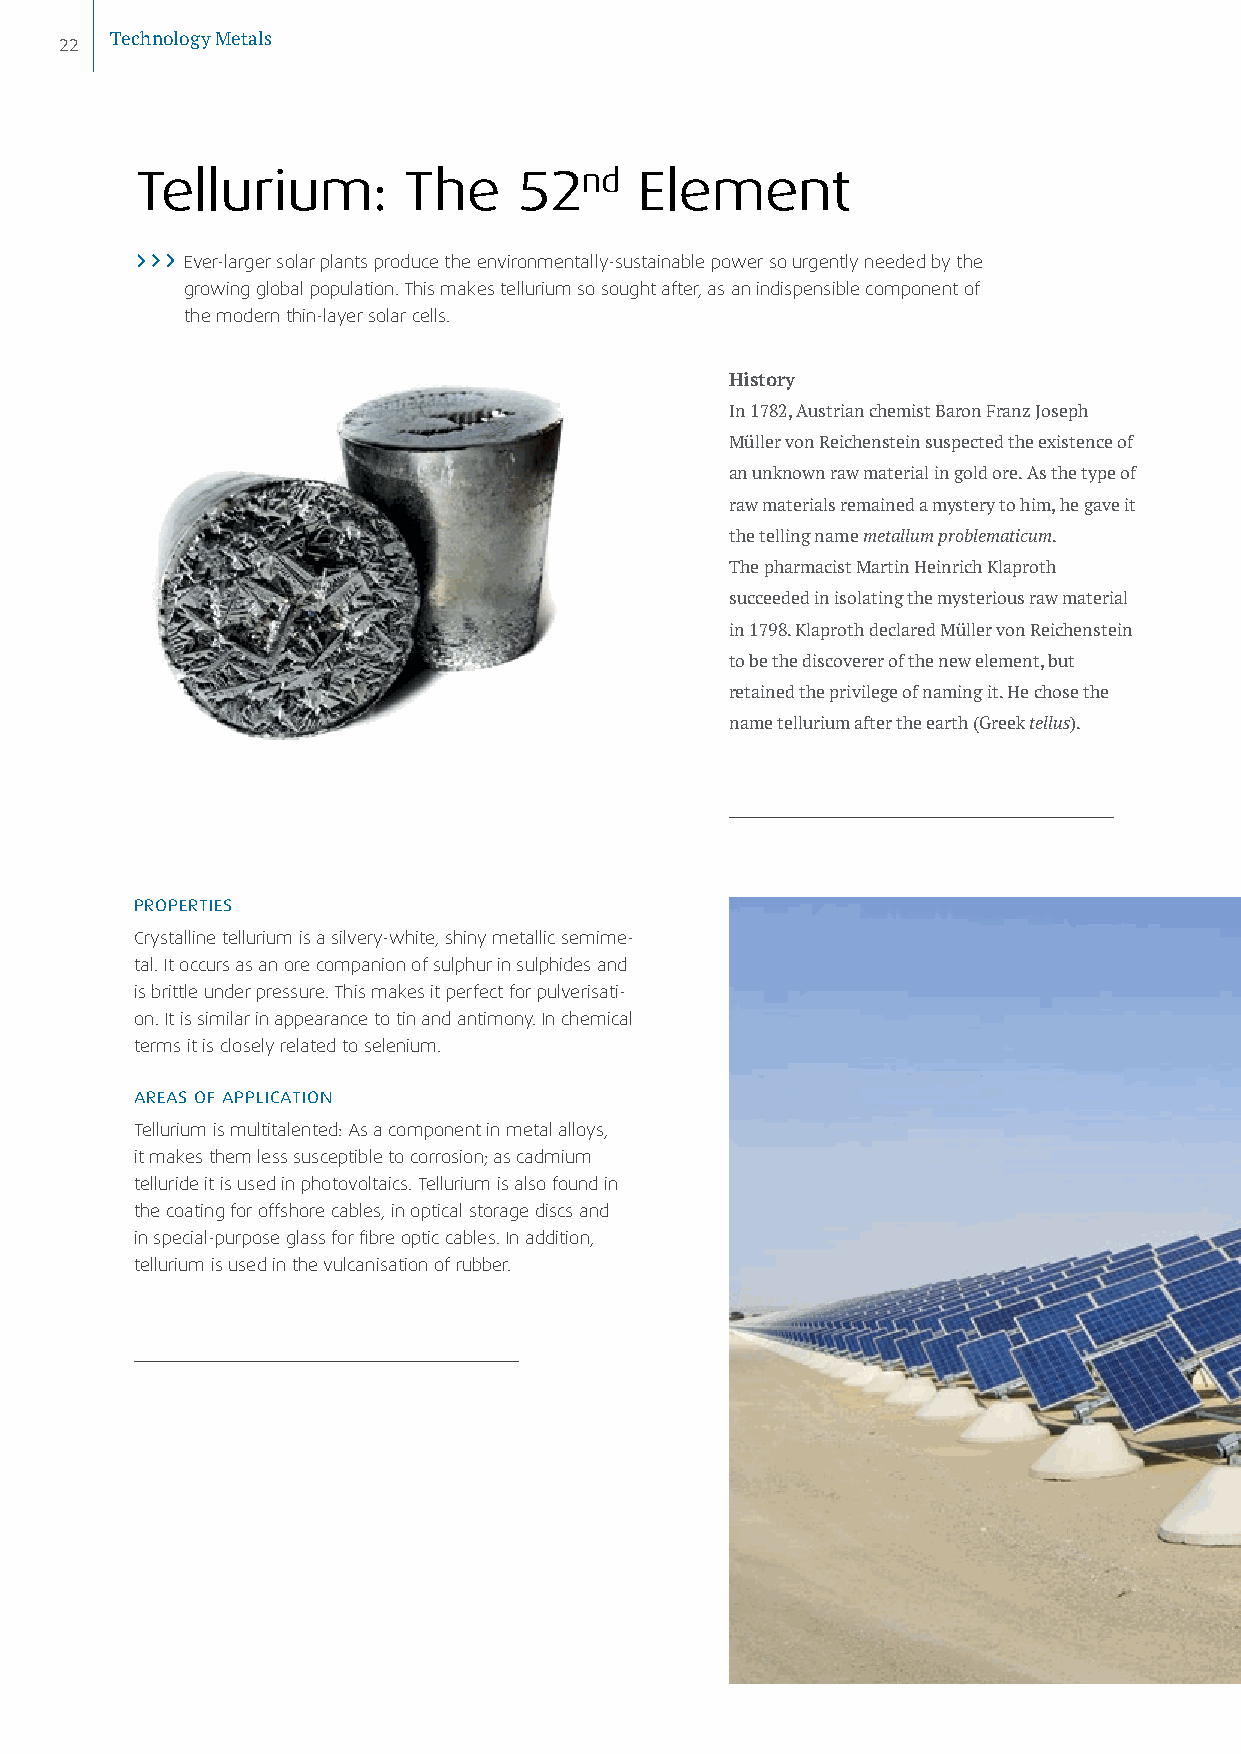
22 Technology Metals
 Tellurium:        The    52nd    Element
 Ever-larger solar plants produce the environmentally-sustainable power so urgently needed by the
 growing global population. This makes tellurium so sought after, as an indispensible component of
 the modern thin-layer solar cells.
 History
 In 1782, Austrian chemist Baron Franz Joseph
 Müller von Reichenstein suspected the existence of
 an unknown raw material in gold ore. As the type of
 raw materials remained a mystery to him, he gave it
 the telling name metallum problematicum.
 The pharmacist Martin Heinrich Klaproth
 succeeded in isolating the mysterious raw material
 in 1798. Klaproth declared Müller von Reichenstein
 to be the discoverer of the new element, but
 retained the privilege of naming it. He chose the
 name tellurium after the earth (Greek tellus).
 PROPERTIES
 Crystalline tellurium is a silvery-white, shiny metallic semime-
 tal. It occurs as an ore companion of sulphur in sulphides and
 is brittle under pressure. This makes it perfect for pulverisati-
 on. It is similar in appearance to tin and antimony. In chemical
 terms it is closely related to selenium.
 AREAS OF APPLICATION
 Tellurium is multitalented: As a component in metal alloys,
 it makes them less susceptible to corrosion; as cadmium
 telluride it is used in photovoltaics. Tellurium is also found in
 the coating for offshore cables, in optical storage discs and
 in special-purpose glass for fibre optic cables. In addition,
 tellurium is used in the vulcanisation of rubber.